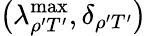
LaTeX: \left(\lambda_{\rho^{\prime}T^{\prime}}^{\mathrm{max}},\delta_{\rho^{\prime}T^{\prime}}\right)